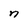
Character: n